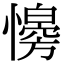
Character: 𢣔